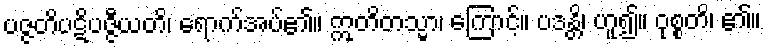
ပဇ္ဇတိပဋိပဇ္ဇီယတိ၊ ရောက်အပ်၏။ ဣတိတသ္မာ၊ ကြောင့်။ ပဒန္တိ၊ ဟူ၍။ ဝုစ္စတိ၊ ၏။